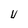
Character: U